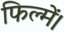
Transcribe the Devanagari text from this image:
फिल्में।